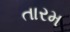
તારમ